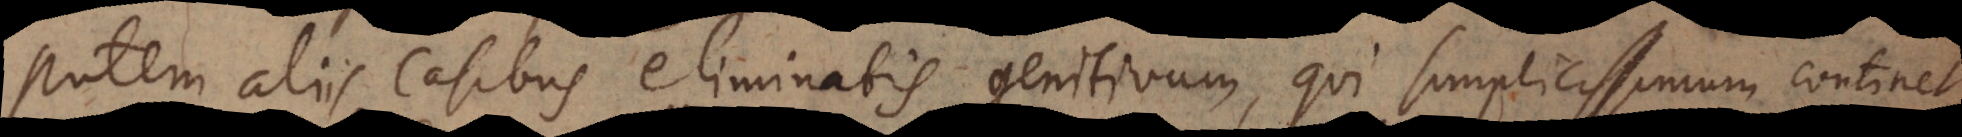
Putem aliis casibus eliminatis genitivum, qui simplicissimum continet